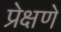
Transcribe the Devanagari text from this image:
प्रेक्षणे